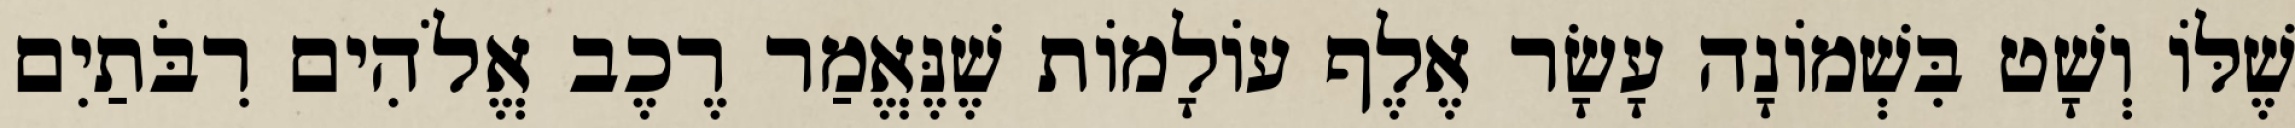
שֶׁלּוֹ וְשָׁט בִּשְׁמוֹנָה עָשָׂר אֶלֶף עוֹלָמוֹת שֶׁנֶּאֱמַר רֶכֶב אֱלֹהִים רִבֹּתַיִם